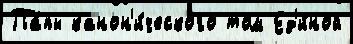
Па́пы канон'и́ческого том Ед'и́ной